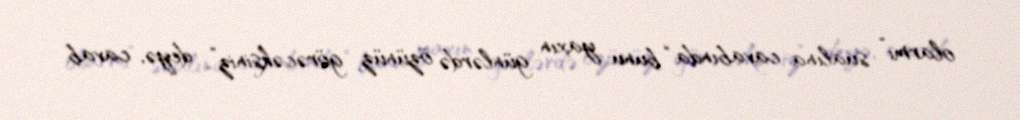
olarmı” sualına cavabında “bunu yaxın günlərdə özünüz görəcəksiniz”, deyə, cavab